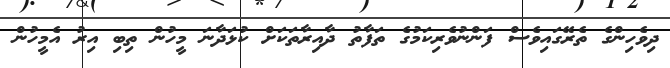
ދިވެހިންގެ ތެރޭގައިވެސް ފަންނުވެރިކަމުގެ ތަފާތު ދާއިރާތަކަށް ކުޅަދާނަ މީހުން ތިބި އިރު އެމީހުން